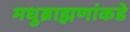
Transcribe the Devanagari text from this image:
मधुब्राह्मणांकडे